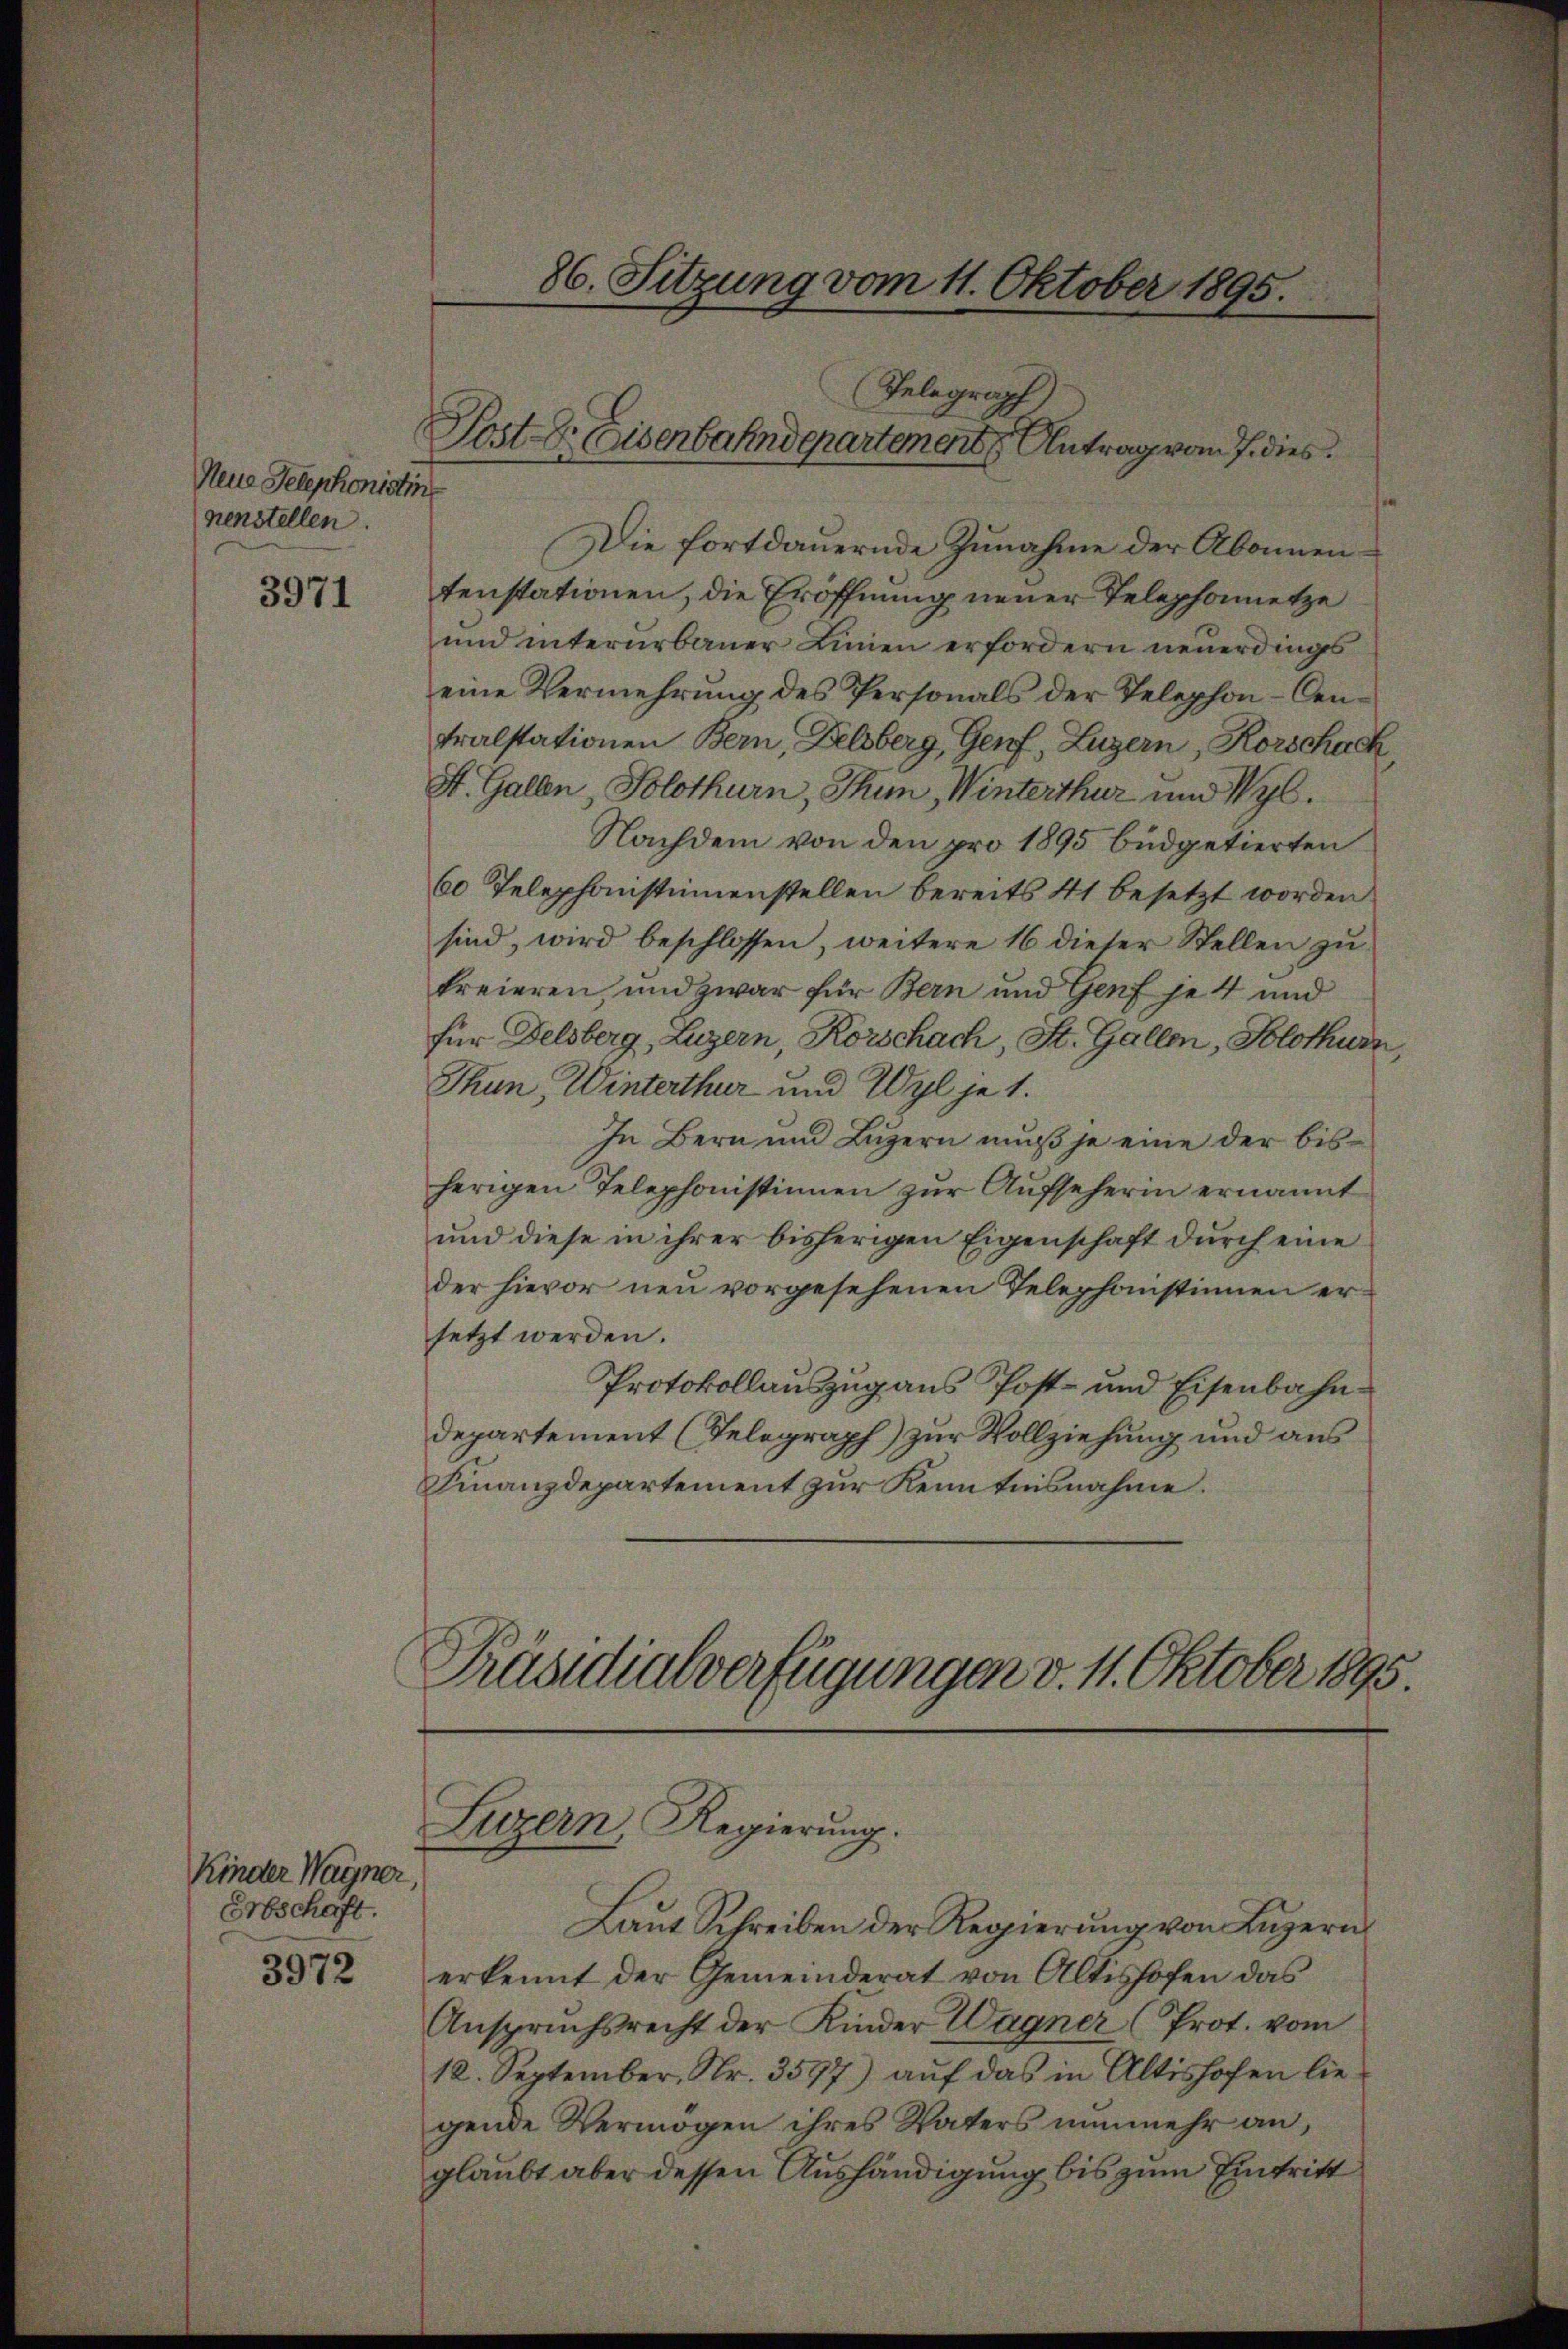
Neue Telephonistins
nenstellen.

3971

Kinder Wagner,
Erbschaft.

3972

Die fortdauernde Zunahme der Abonnentenstationen, die Eröffnung neuer Telephonnetze
und intererbauer Linien erfordern neuerdings
eine Vermehrung des Personals der Telephon-Centralstationen Bern, Delsberg, Genf, Luzern, Korschack
St. Gallen, Solothurn, Thun, Winterthur und Wyl.
Nachdem von den pro 1895 büdgetierten
60 Telephonistimmenstellen bereits 41 besetzt worden
sind, wird beschlossen, weitere 16 dieser Stellen zu
freieren, und zwar für Bern und Genf je 4 und
für Delsberg, Luzern Korschach, St. Gallen, Solothurn
Thun, Winterthur und Wyl je 1.
In Bern und Luzern muß je eine der bisherigen Telephonistinen zur Aufseherin ernannt
und diese in ihrer bisherigen Eigenschaft durch eine
der hievor neu vorgesehenen Telephonstinnen ersetzt werden.
Protokollauszug aus Post- und Eisenbahn¬
Departement (Telegraph) zur Vollziehung und aus
Finanzdepartement zur Kenntnisnahme.
Präsidialverfügungen v. 11. Oktober 1895.

86. Sitzung vom 11. Oktober 1895.

Telegraph)
Post Sr. Eisenbahndepartement Antrag vom 7. dies

Luzern, Regierŭng.

Laŭt Schreiben der Regierŭng von Lŭzern
erkennt der Gemeinderat von Altishofen das
Anspruchsrecht der Kinder Wagner (Prot. vom
12. September, Nr. 3597) auf das in Altishofen liegende Vermögen ihres Vaters nunmehr an,
glaubt aber dessen Aushändigung bis zum Eintritt